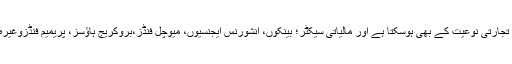
یہ ادارے کاروباری اور تجارتی نوعیت کے بھی ہوسکتا ہے اور مالیاتی سیکٹر؛ بینکوں، انشورنس ایجنسیوں، میوچل فنڈز،بروکریج ہاؤسز، پریمیم فنڈزوغیرہ بھی اسی میں شامل ہیں۔